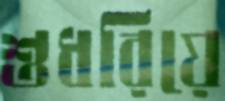
শুধরিয়ে